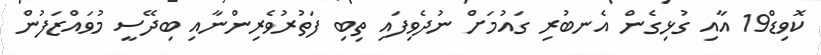
ކޮވިޑް19 އާއި ގުޅިގެން އެނބުރި ގައުމަށް ނުދެވިފައި ތިބި ފަތުރުވެރިންނާއި ބިދޭސީ މުވައްޒަފުން